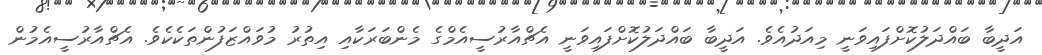
އަދީބާ ބައްދަލުކޮށްފައިވަނީ މިއަދުއެވެ. އަދީބާ ބައްދަލުކޮށްފައިވަނީ އެޗްއާރުސީއެމްގެ މެންބަރަކާއި އިތުރު މުވައްޒަފުންތަކެކެވެ. އެޗްއާރުސީއެމުން